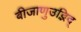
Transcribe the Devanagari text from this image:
बीजाणुउद्भिद्